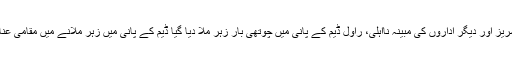
تفصیلات کے مطابق محکمہ فشریز اور دیگر اداروں کی مبینہ نااہلی، راول ڈیم کے پانی میں چوتھی بار زہر ملا دیا گیا ڈیم کے پانی میں زہر ملانے میں مقامی عناصر اور کشتی مافیا ملوث ہے ۔